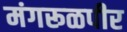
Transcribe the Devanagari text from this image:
मंगरूळपीर